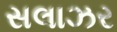
સલાઝર